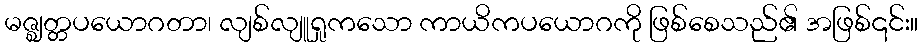
မဇ္ဈတ္တပယောဂတာ၊ လျစ်လျူရှုကသော ကာယိကပယောဂကို ဖြစ်စေသည်၏ အဖြစ်၎င်း။